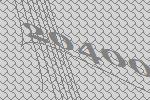
20400